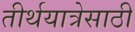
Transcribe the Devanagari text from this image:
तीर्थयात्रेसाठी